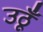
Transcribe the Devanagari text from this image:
उठूँ